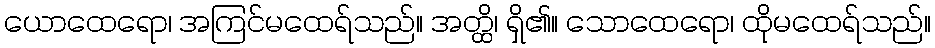
ယောထေရော၊ အကြင်မထေရ်သည်။ အတ္ထိ၊ ရှိ၏။ သောထေရော၊ ထိုမထေရ်သည်။